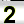
Digit: 2